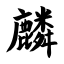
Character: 麟